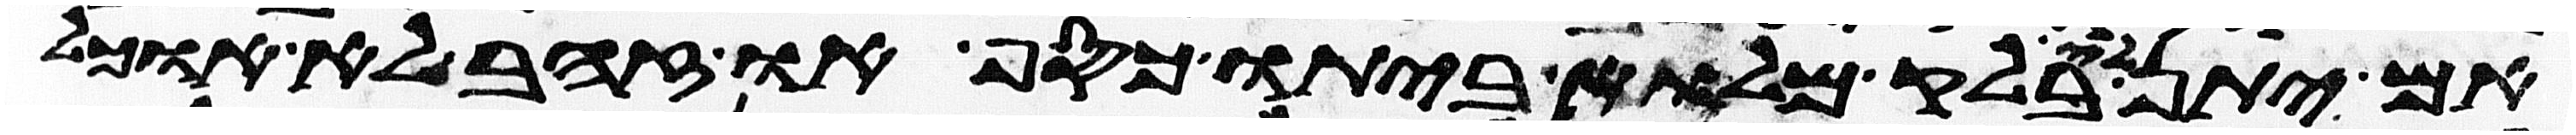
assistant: אם יתן לי בלק מלוא ביתו כסף או זהב לא אוכל